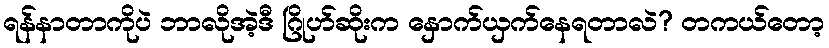
ရန်နာတာကိုပဲ ဘာလိုအဲ့ဒီ ဂြိုဟ်ဆိုးက နှောက်ယှက်နေရတာလဲ? တကယ်တော့